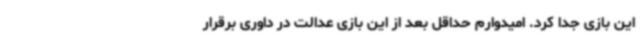
این بازی جدا کرد. امیدوارم حداقل بعد از این بازی عدالت در داوری برقرار